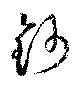
鈔